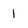
Character: 1